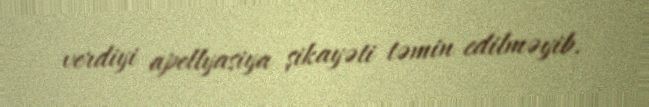
verdiyi apellyasiya şikayəti təmin edilməyib.